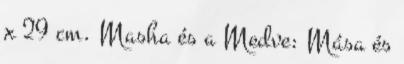
x 29 cm. Masha és a Medve: Mása és